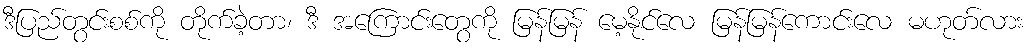
ဒီပြည်တွင်းစစ်ကို တိုက်ခဲ့တာ၊ ဒီ အကြောင်းတွေကို မြန်မြန် မေ့နိုင်လေ မြန်မြန်ကောင်းလေ မဟုတ်လား